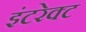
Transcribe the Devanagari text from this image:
इंटरेक्ट